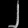
Digit: ၂